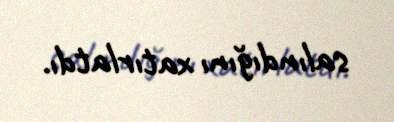
salındığını xatırlatdı.